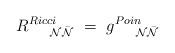
LaTeX: \begin{align*}R^{Ricci}_{~~~~{{\cal N}}{\bar { {\cal N}}}}~=~g^{Poin}_{~~~~{ {\cal N}}{ {\bar {\cal N}}}}\end{align*}